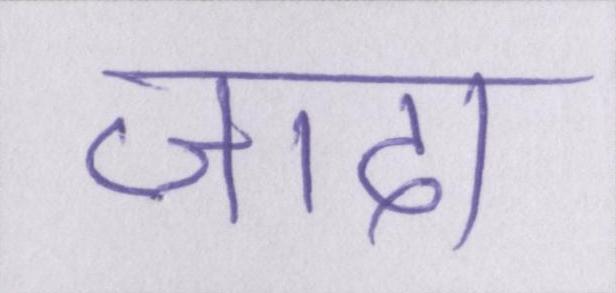
जादा